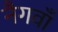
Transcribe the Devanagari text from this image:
नैगवाँ